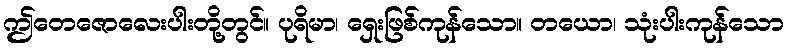
ဤတေဇောလေးပါးတို့တွင်။ ပုရိမာ၊ ရှေးဖြစ်ကုန်သော။ တယော၊ သုံးပါးကုန်သော